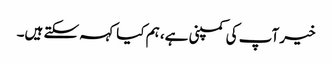
خیر آپ کی کمپنی ہے، ہم کیا کہہ سکتے ہیں۔